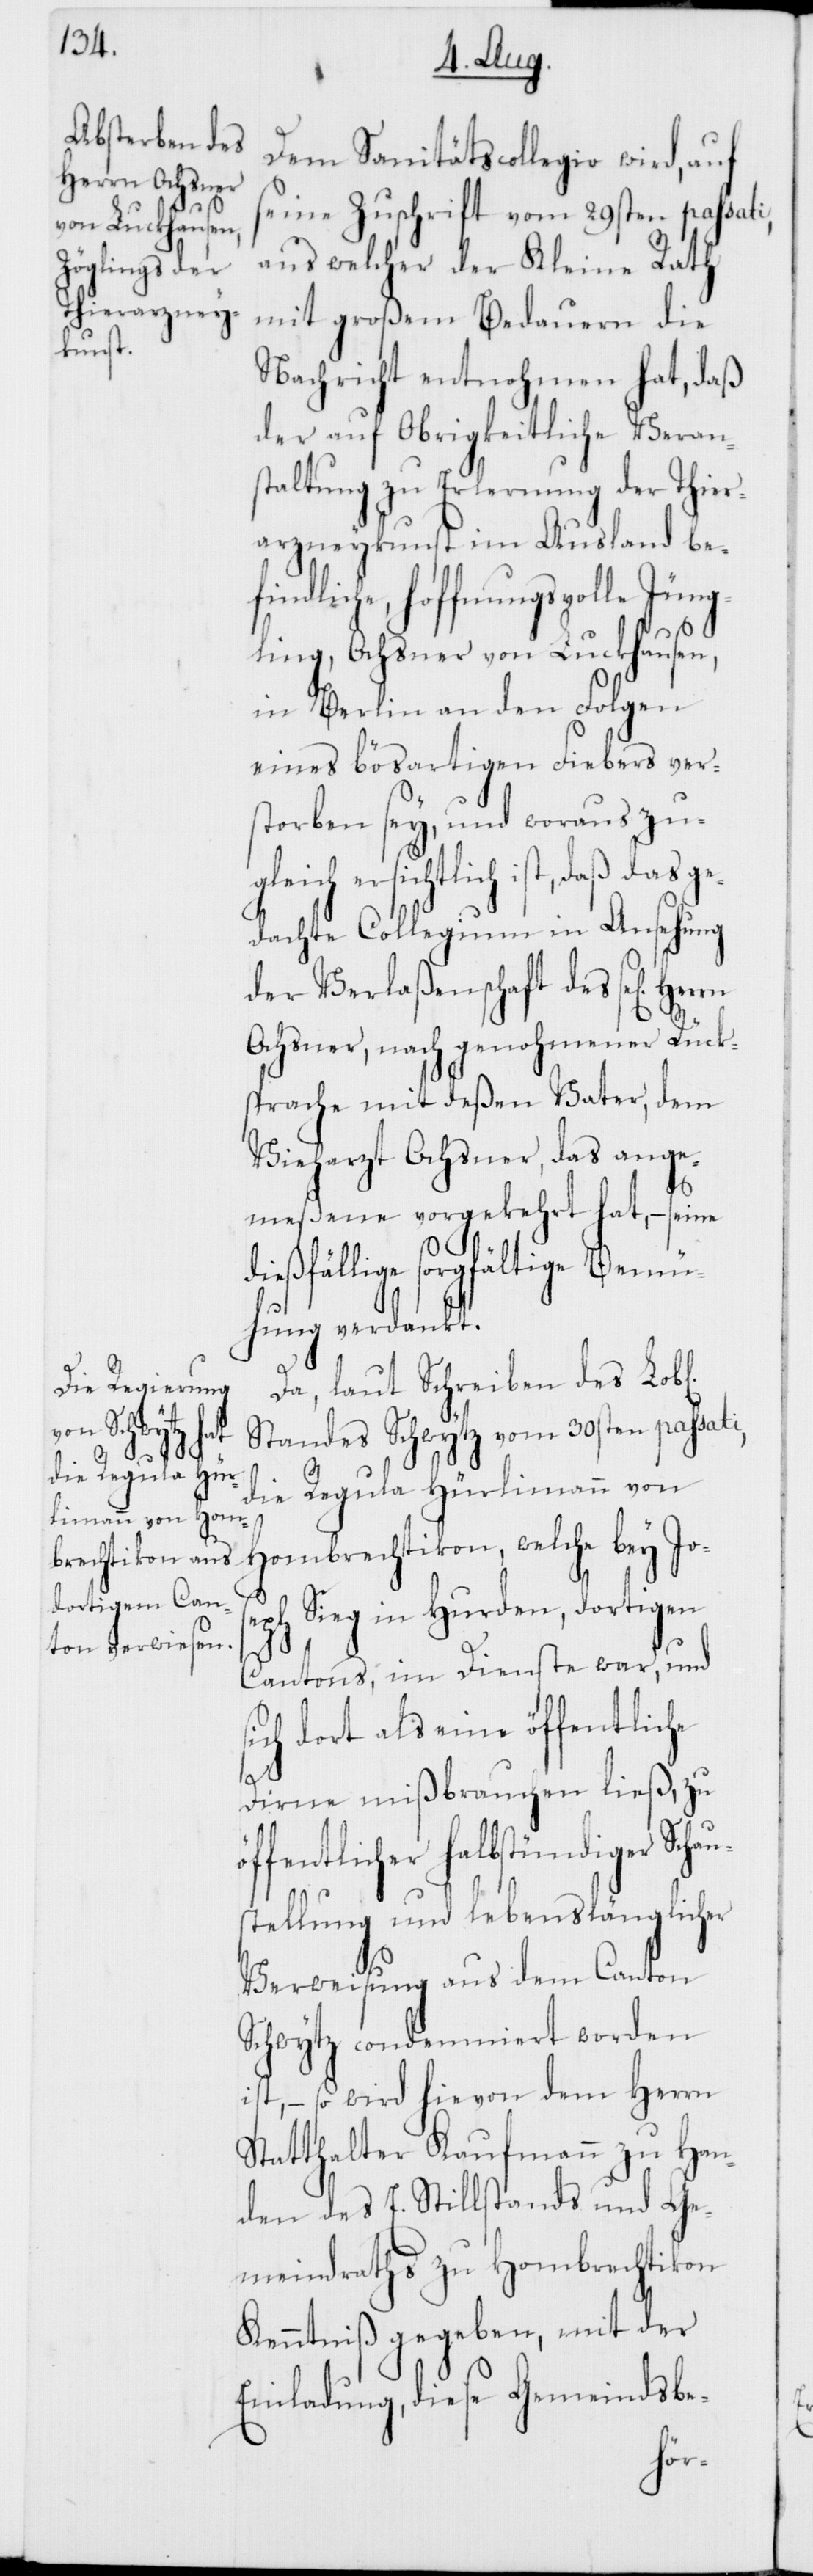
Dem Sanitätscollegio wird, auf
seine Zuschrift vom 29sten passati,
aus welcher der Kleine Rath
mit großem Bedauern die
Nachricht entnohmen hat, daß
der auf Obrigkeitliche Veran¬
staltung zu Erlernung der Thiera¬
rzneykunst im Ausland be¬
ndliche, hoffnungsvolle Jün¬
gling, Ochsner von Luckhausen,
in Berlin an den Folgen
eines bösartigen Fiebers ver¬
storben sey, und woraus zug¬
leich ersichtlich ist, daß das
dachte Collegium in Ansehung
der Verlaßenschaft des sel. Herrn
Ochsner, nach genohmener Rück¬
sprache mit deßen Vater, dem
Vieharzt Ochsner, das ange¬
meßene vorgekehrt hat, – seine
ßfällige sorgfältige Bemü¬
hung verdankt.
s¬
Da, laut Schreiben des Lobl.
Standes Schwytz vom 30sten passati,
die Regula Hürlimann von
Hombrechtikon, welche bey Jos¬
eph Sieg in Hurden, dortigen
Cantons, im Dienste war, und
ich dort als eine öffentliche
Dirne mißbrauchen ließ, zu
öffentlicher halbstündiger Schau¬
stellung und lebenslänglicher
Verweisung aus dem Canton
Schwytz condemniert worden
ist, – so wird hievon dem Herrn
Statthalter Kaufmann zu Han¬
den des E. Stillstands und Ge¬
meindraths zu Hombrechtikon
Kenntniß gegeben, mit der
Einladung, diese Gemeindsbe-
die¬